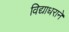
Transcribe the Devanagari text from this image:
विद्याधराने